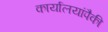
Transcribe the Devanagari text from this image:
कार्यालयांपैकी